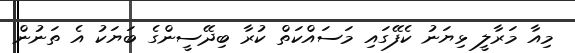
މިއާ މަރާލީ ޅިޔަނު ކެފޭގައި މަސައްކަތް ކުރާ ބިދޭސީންގެ ބަޔަކު އެ ތަނުން